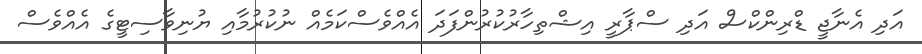
އަދި އެނާޖީ ޑްރިންކްސް އަދި ސްޕާރީ އިޝްތިހާރުކުރުންފަދަ އެއްވެސްކަމެއް ނުކުރުމާއި ޔުނިވާސިޓީގެ އެއްވެސް